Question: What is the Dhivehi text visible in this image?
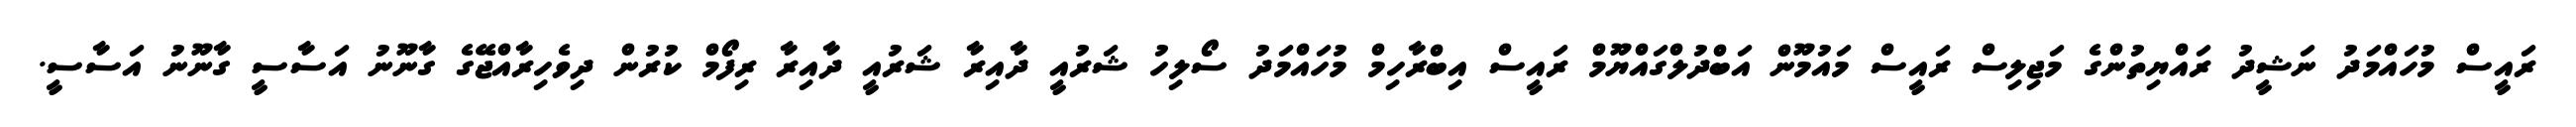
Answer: ރައީސް މުހައްމަދު ނަޝީދު ރައްޔިތުންގެ މަޖިލިސް ރައީސް މައުމޫން އަބްދުލްގައްޔޫމް ރައީސް އިބްރާހިމް މުހައްމަދު ސޯލިހު ޝަރުއީ ދާއިރާ ޝަރުއީ ދާއިރާ ރިފޯމް ކުރުން ދިވެހިރާއްޖޭގެ ގާނޫނު އަސާސީ ގާނޫނު އަސާސީ.